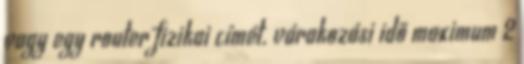
vagy egy router fizikai címét. várakozási idő maximum 2